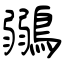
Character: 鶸